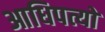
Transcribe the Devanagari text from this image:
आधिपत्यों